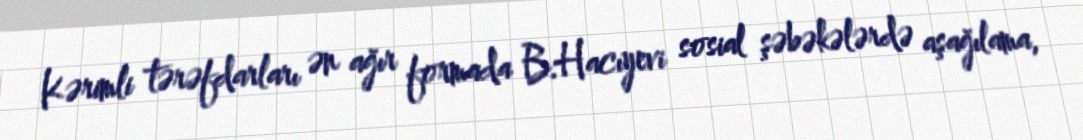
Kərimli tərəfdarları ən ağır formada B.Hacıyevi sosial şəbəkələrdə aşağılama,